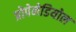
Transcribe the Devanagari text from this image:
प्रोपेनेडियोल